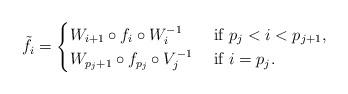
LaTeX: \begin{align*}\tilde{f}_i=\begin{cases} W_{i+1} \circ f_i \circ W_i^{-1} &\textrm{ if }p_j < i <p_{j+1},\\W_{p_j+1} \circ f_{p_j} \circ V_j^{-1} & \textrm{ if } i=p_j.\end{cases}\end{align*}